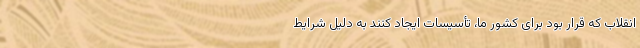
انقلاب که قرار بود برای کشور ما، تأسیسات ایجاد کنند به دلیل شرایط